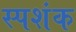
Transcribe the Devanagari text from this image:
स्पशंक